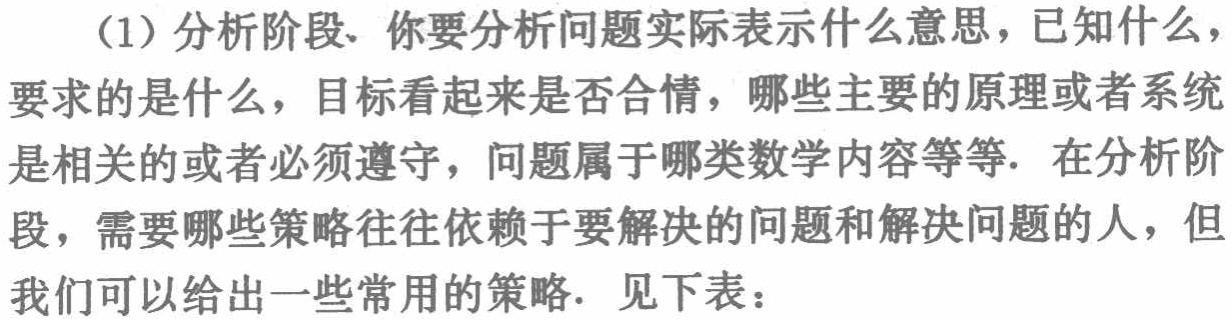
（1）分析阶段. 你要分析问题实际表示什么意思，已知什么，要求的是什么，目标看起来是否合情，哪些主要的原理或者系统是相关的或者必须遵守，问题属于哪类数学内容等等. 在分析阶段，需要哪些策略往往依赖于要解决的问题和解决问题的人，但我们可以给出一些常用的策略. 见下表：